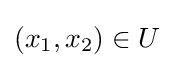
\left(x_{1},x_{2}\right)\in U